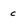
Character: c